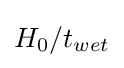
H_{0}/t_{wet}